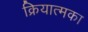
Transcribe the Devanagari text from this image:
क्रियात्मका